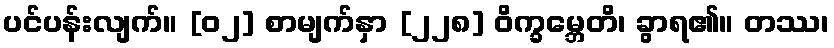
ပင်ပန်းလျက်။ [၀၂] စာမျက်နှာ [၂၂၈] ဝိက္ခမ္ဘေတိ၊ ခွာရ၏။ တဿ၊